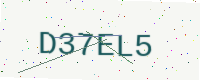
Text: D37EL5